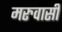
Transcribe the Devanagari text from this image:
मरुवासी